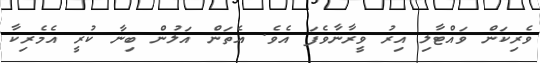
ވެރިކަން ވައްޓާލި އިރު ވީރާނާވެފަ އެވެ. އެތަން އަލުން ބިނާ ކުރީ އެމެރިކާ